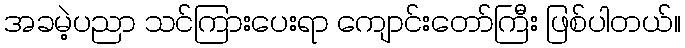
အခမဲ့ပညာ သင်ကြားပေးရာ ကျောင်းတော်ကြီး ဖြစ်ပါတယ်။